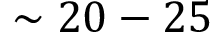
\sim 2 0 - 2 5 \